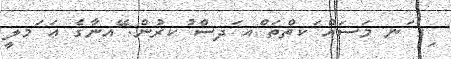
ިގ ަނ މަސައް ަކތްތަ ްއ ަދސް ުކރުން. ޭއނާގެ ޢަ ަމލީ